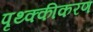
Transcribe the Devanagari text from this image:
पृथ्क्कीकरण